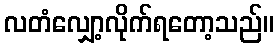
လတံလျှော့လိုက်ရတော့သည်။